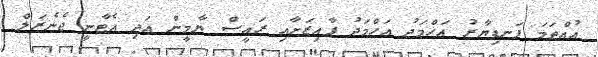
އުއްތަމަ ފަނޑިޔާރު އަހްމަދު އަހްމަދު ފާއިޒަށާއި ރައީސް ޔާމީން އަދި އެޓާނީ ޖެނެރަލް